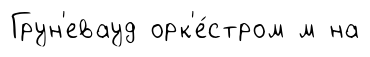
Грун'евауд орк'е́стром м на